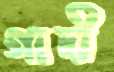
গাদী